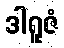
ဒါရူဇံ